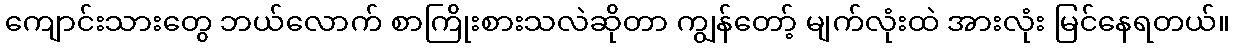
ကျောင်းသားတွေ ဘယ်လောက် စာကြိုးစားသလဲဆိုတာ ကျွန်တော့် မျက်လုံးထဲ အားလုံး မြင်နေရတယ်။